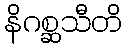
နိဂစ္ဆသီတိ